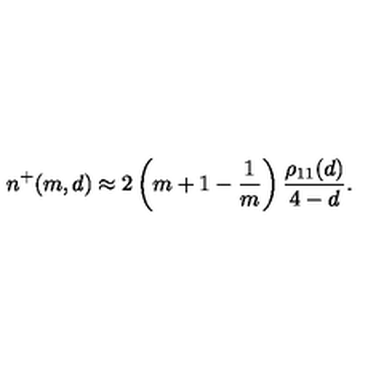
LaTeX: n ^ { + } ( m , d ) \approx 2 \left( m + 1 - { \frac { 1 } { m } } \right) { \frac { \rho _ { 1 1 } ( d ) } { 4 - d } } .